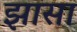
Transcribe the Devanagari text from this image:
झासा